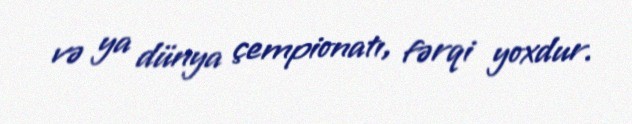
və ya dünya çempionatı, fərqi yoxdur.